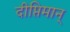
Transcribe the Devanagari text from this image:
दीप्तिमान्